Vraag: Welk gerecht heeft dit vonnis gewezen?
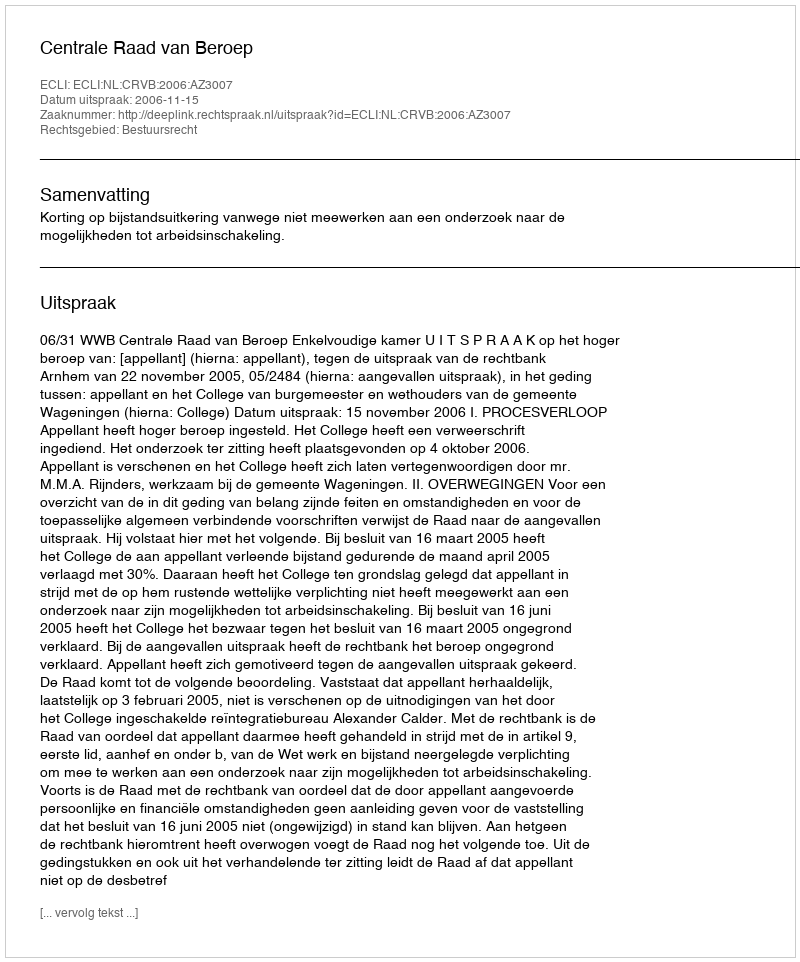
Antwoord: Centrale Raad van Beroep